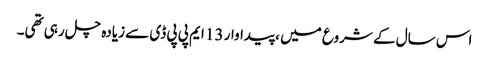
اس سال کے شروع میں ، پیداوار 13 ایم پی پی ڈی سے زیادہ چل رہی تھی۔